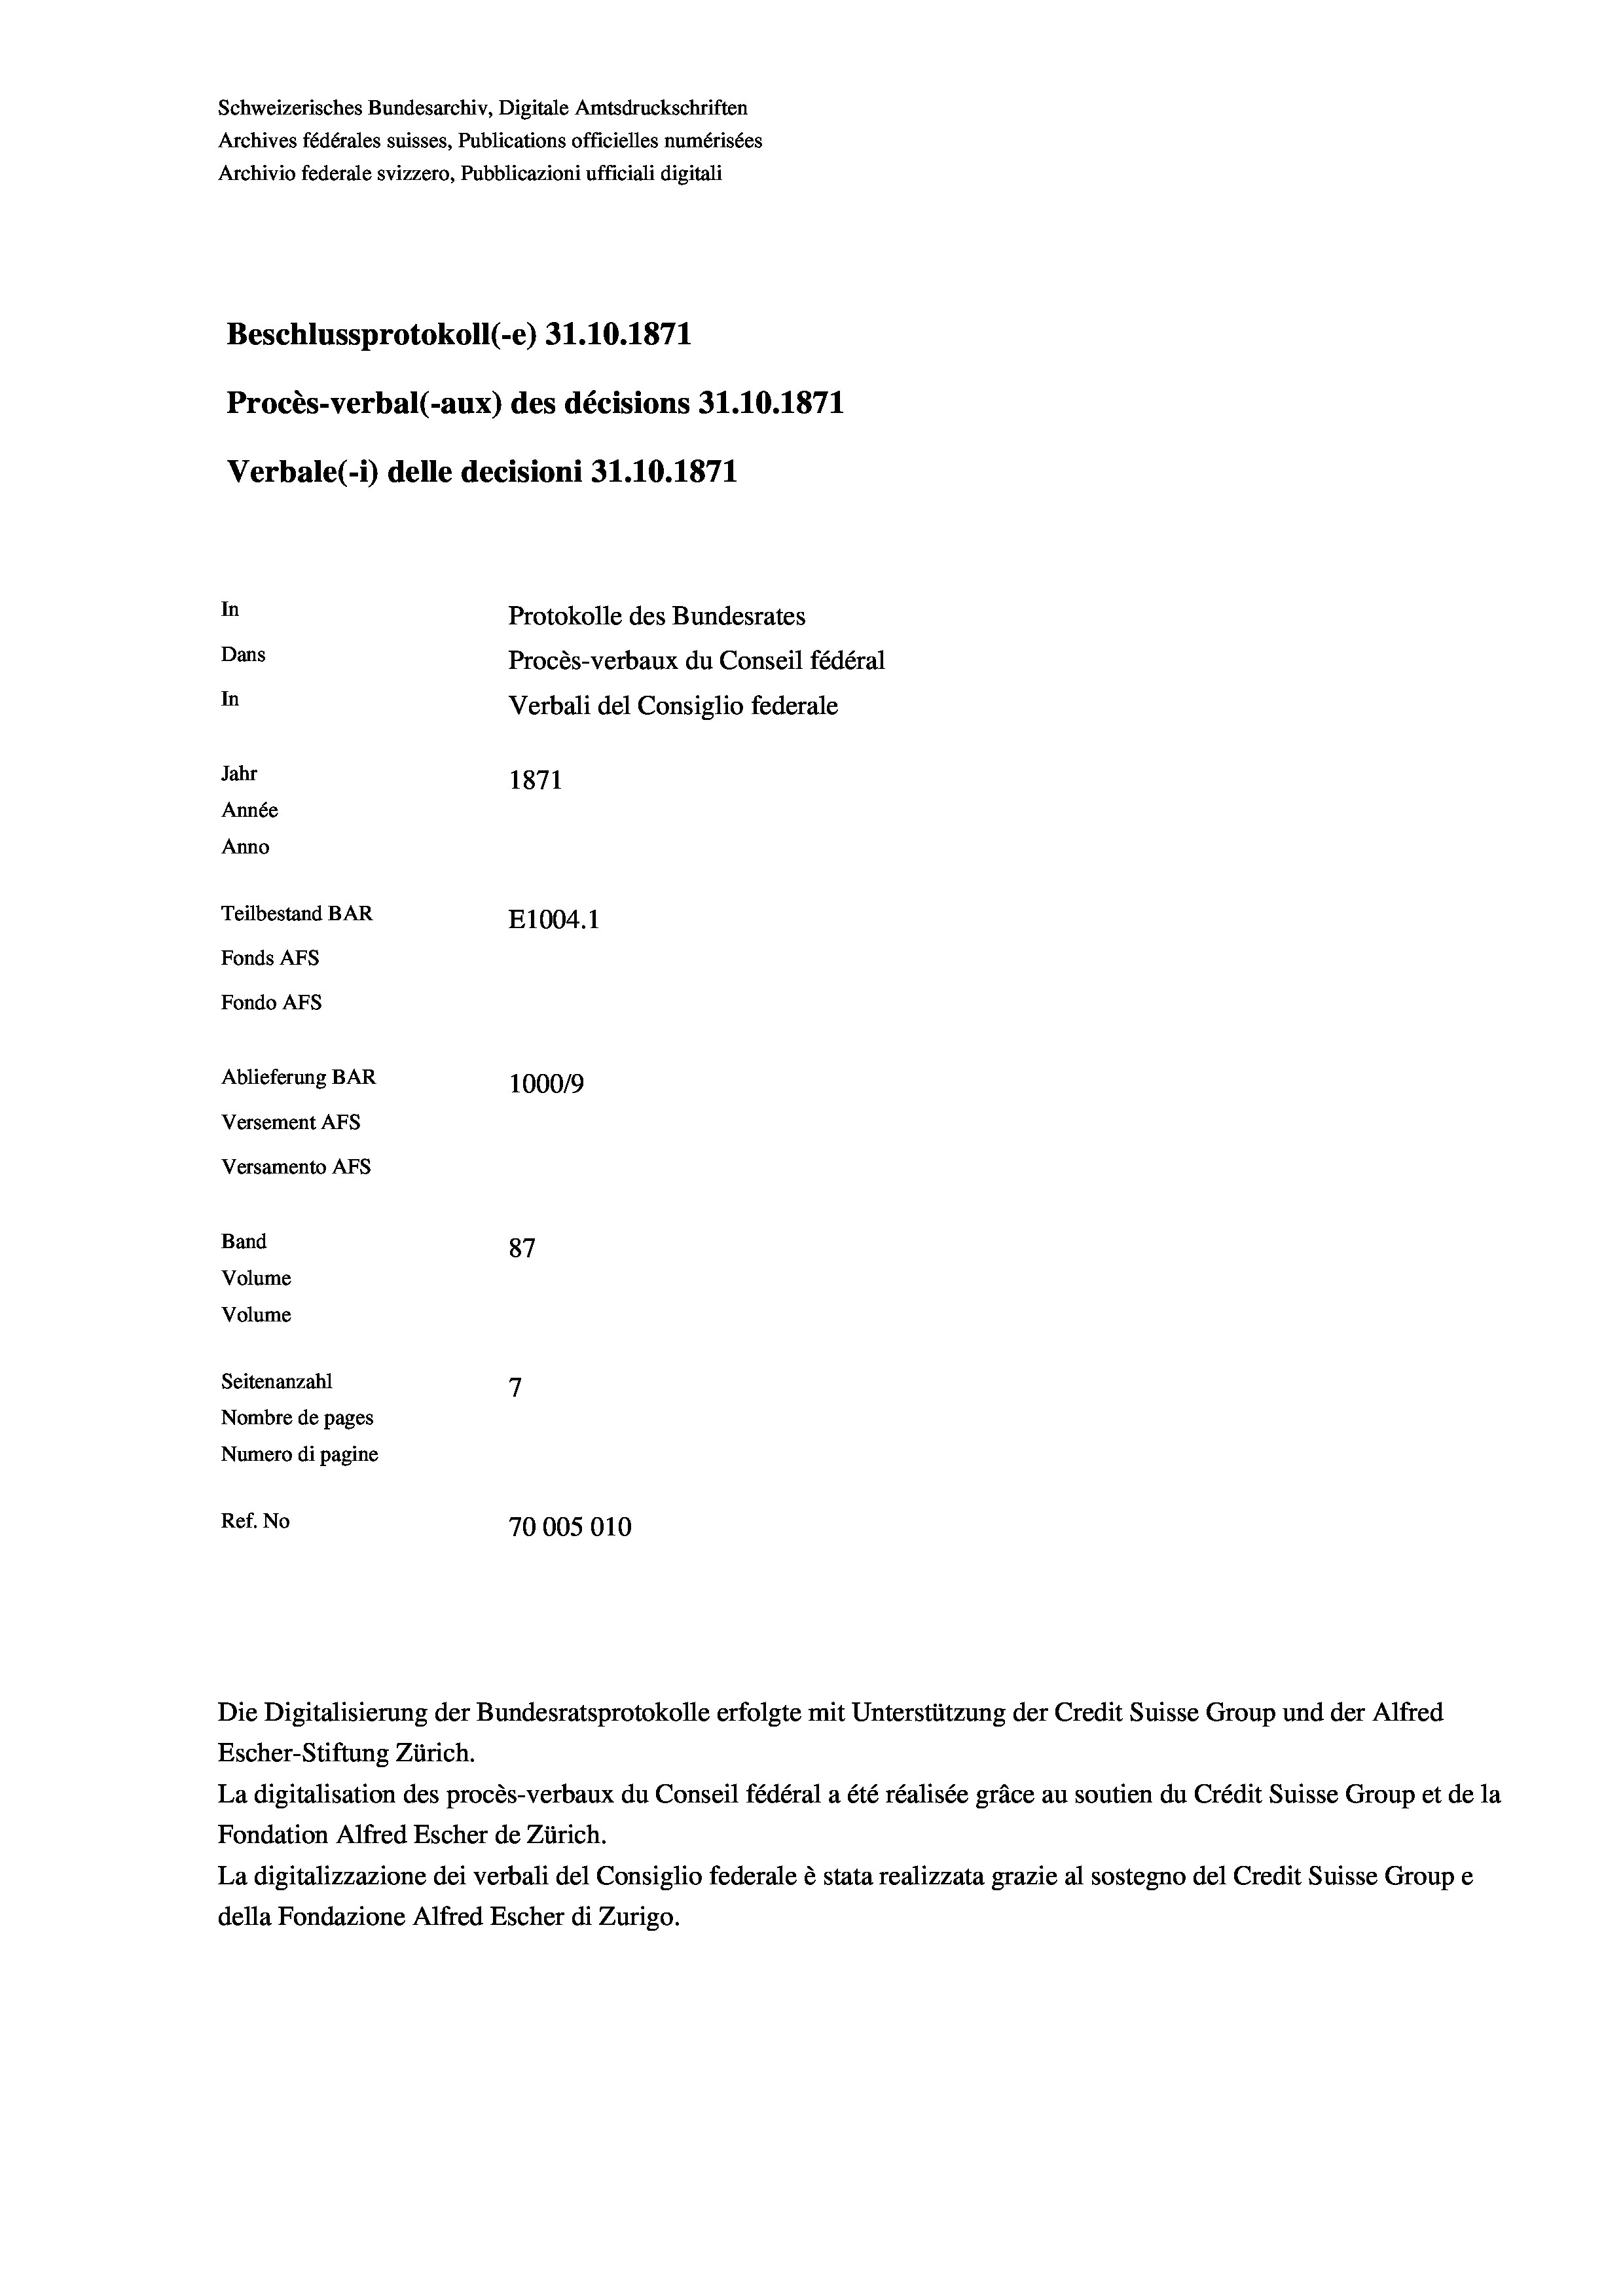
Schweizerisches Bundesarchiv, Digitale Amtsdruckschriften
Archives fédérales suisses, Publications officielles numérisées
Archivio federale svizzero, Pubblicazioni ufficiali digitali
Beschlussprotokoll (-e) 31.10.1871
Procès-verbal (-aux) des décisions 31.10.1871
Verbale (- 1) delle decisioni 31.10.1871
In
Protokolle des Bundesrates
Dans
Procès-verbaux du Conseil fédéral
In
Verbali del Consiglio federale
Jahr
1871
Année
Anno
Teilbestand BAR
E1004.1
Fonds Afs
Fondo AFs
Ablieferung BAR
100019
Versement AFS
Versamento Afs
Band
87
Volume
Volume
7
Seitenanzahl
Nombre de pages
Numero di pagine
Ref. No
70005010

Escher-Stiftung Zürich.
La digitalisation des procès-verbaux du Conseil fédéral a été réalisée gräce au soutien du Crédit Suisse Group et de la
Fondation Alfred Escher de Zürich.
La digitalizzazione dei verbali del Consiglio federale è stata realizzata grazie al sostegno del Credit Suisse Groupe
della Fondazione Alfred Escher di Zurigo.

Die Digitalisierung der Bundesratsprotokolle erfolgte mit Unterstützung der Credit Suisse Group und der Alfred